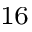
^ { 1 6 }